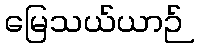
မြေသယ်ယာဉ်